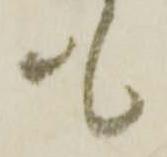
も